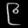
Digit: ၉